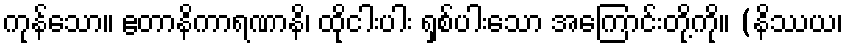
ကုန်သော။ ဧတာနိကာရဏာနိ၊ ထိုငါးပါး ရှစ်ပါးသော အကြောင်းတို့ကို။ (နိဿယ၊